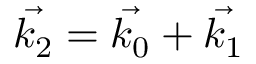
\vec { k _ { 2 } } = \vec { k _ { 0 } } + \vec { k _ { 1 } }